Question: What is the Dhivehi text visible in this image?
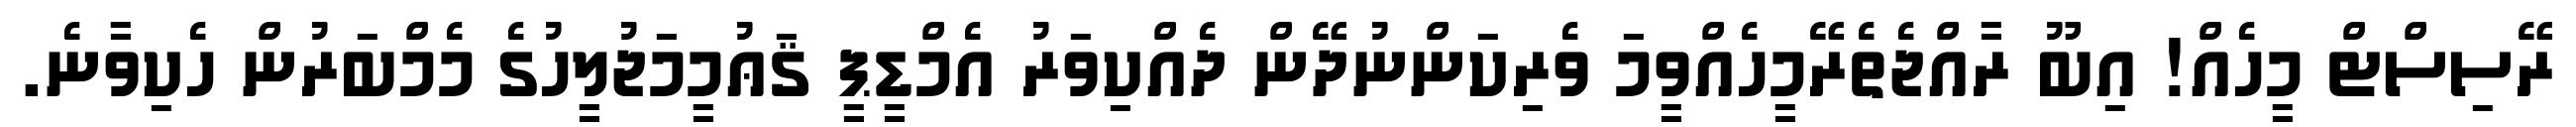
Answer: ރޭސިސްޓް މީހެއް! އިބޫ ރާއްޖެތެރޭމީހެއްވީމަ ވެރިކަންނުދޭން ދެއްކިވަރު އެމްޑީޕީ ޤަޢުމީމަޖުލީހުގެ މެމްބަރުން ހެކިވާނެ.